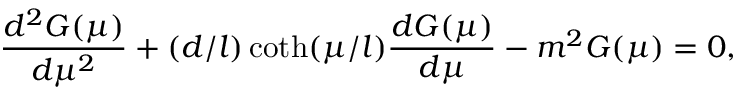
\frac { d ^ { 2 } G ( \mu ) } { d \mu ^ { 2 } } + ( d / l ) \coth ( \mu / l ) \frac { d G ( \mu ) } { d \mu } - m ^ { 2 } G ( \mu ) = 0 ,